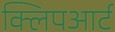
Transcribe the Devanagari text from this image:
क्लिपआर्ट